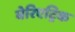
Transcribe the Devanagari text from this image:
बेरिएट्रिक